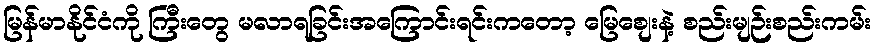
မြန်မာနိုင်ငံကို ကြီးတွေ မလာရခြင်းအကြောင်းရင်းကတော့ မြေစျေးနဲ့ စည်းမျဉ်းစည်းကမ်း